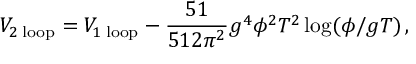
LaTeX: V _ { 2 \mathrm { \; l o o p } } = V _ { 1 \mathrm { \; l o o p } } - \frac { 5 1 } { 5 1 2 \pi ^ { 2 } } g ^ { 4 } \phi ^ { 2 } T ^ { 2 } \log ( \phi / g T ) \, ,